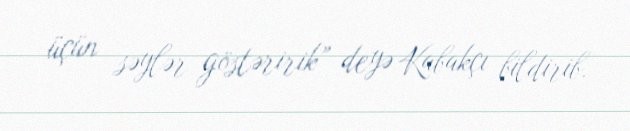
üçün səylər göstəririk” deyə Kabakçı bildirib.